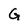
Character: G